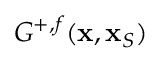
G ^ { + , f } ( { \bf x } , { \bf x } _ { S } )